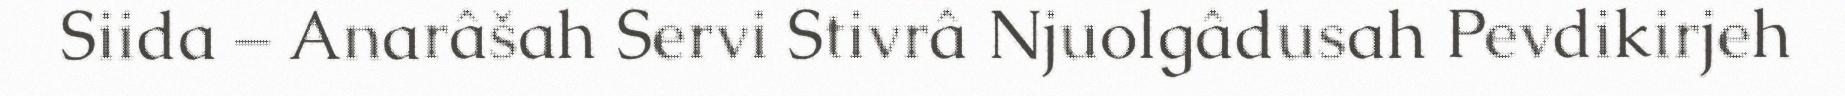
Siida – Anarâšah Servi Stivrâ Njuolgâdusah Pevdikirjeh